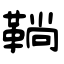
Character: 鞝